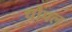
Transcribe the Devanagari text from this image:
चोपल